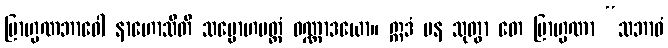
ဗြာဟ္မဏဘာဝေါ နာဟောသီတိ သမ္မောဟမတ္တံ ဝဏ္ဏာဒယော။ ဣဒံ ပန သုတွာ တေ ဗြာဟ္မဏာ “သဘာဝံ